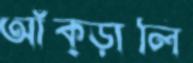
আঁক্‌ড়ালি